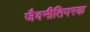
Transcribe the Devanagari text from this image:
जैवनीतिपरक